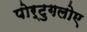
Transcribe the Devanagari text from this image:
पोर्टुगलोए